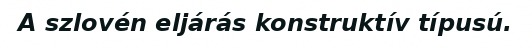
A szlovén eljárás konstruktív típusú.